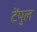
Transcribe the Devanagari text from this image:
टेंपुल